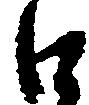
口